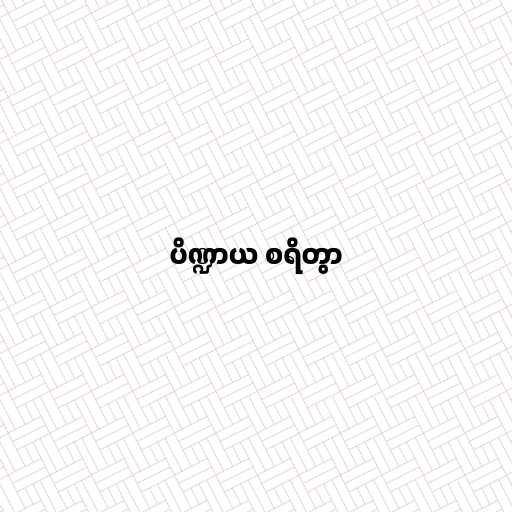
ပိဏ္ဍာယ စရိတွာ